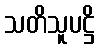
သတိသူပဋ္ဌိ